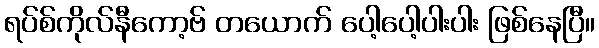
ရပ်စ်ကိုလ်နီကော့ဗ် တယောက် ပေါ့ပေါ့ပါးပါး ဖြစ်နေပြီ။